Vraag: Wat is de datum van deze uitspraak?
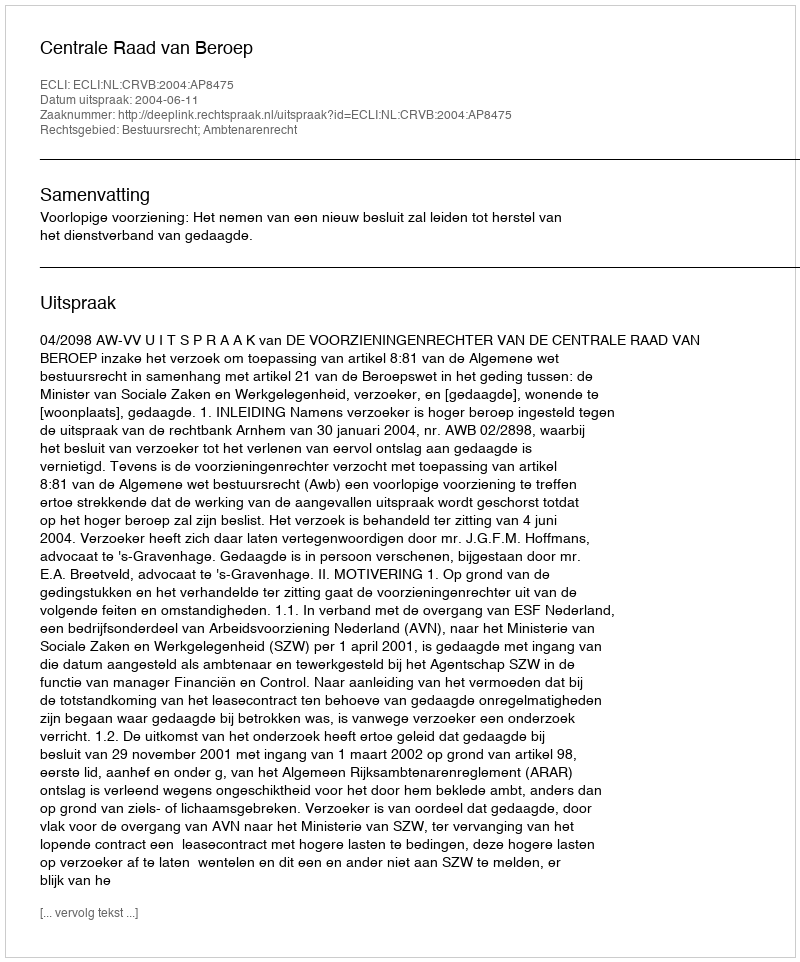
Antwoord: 2004-06-11